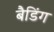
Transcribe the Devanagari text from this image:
बैडिंग